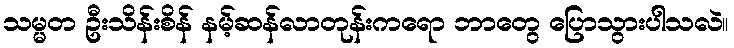
သမ္မတ ဦးသိန်းစိန် နမ့်ဆန်လာတုန်းကရော ဘာတွေ ပြောသွားပါသလဲ။